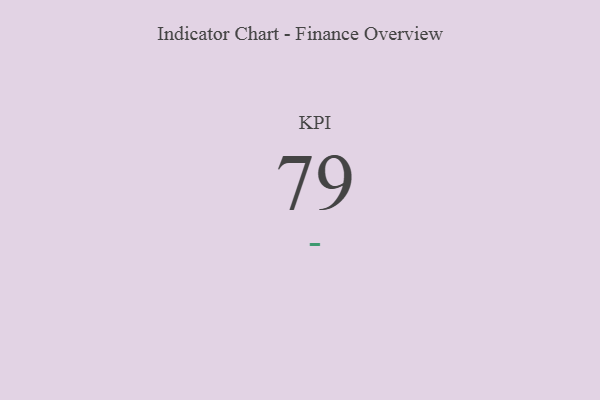
{"axis": {"x": "KPI", "y": "Value"}, "legend": [""], "data": [{"x": "KPI", "y": 79, "type": ""}]}